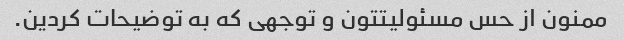
ممنون از حس مسئولیتتون و توجهی که به توضیحات کردین.